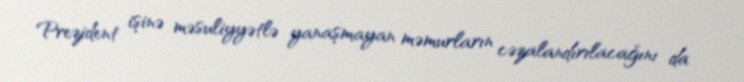
Prezident işinə məsuliyyətlə yanaşmayan məmurların cəzalandırılacağını da